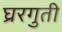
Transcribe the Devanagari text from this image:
घ्ररगुती